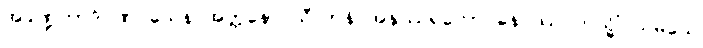
အခဏ္ဍတာဒိဂုဏဝသေန အတ္တနော သီလာနိ အနုဿရတော နေဝဿ တသ္မိံ သမယေ